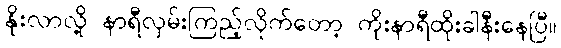
နိုးလာလို့ နာရီလှမ်းကြည့်လိုက်တော့ ကိုးနာရီထိုးခါနီးနေပြီ။